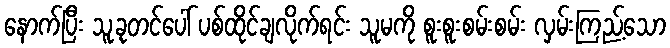
နောက်ပြီး သူ့ခုတင်ပေါ် ပစ်ထိုင်ချလိုက်ရင်း သူမကို စူးစူးစမ်းစမ်း လှမ်းကြည့်သော